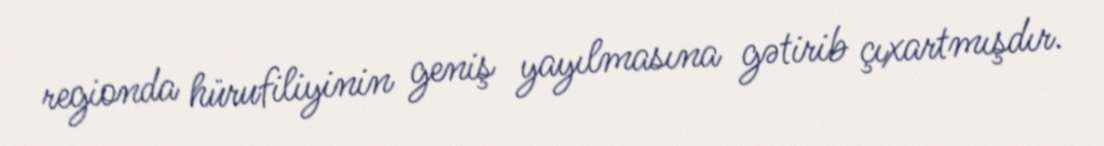
regionda hürufiliyinin geniş yayılmasına gətirib çıxartmışdır.